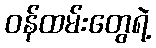
ဝန်ထမ်းတွေရဲ့